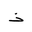
Letter: _thal